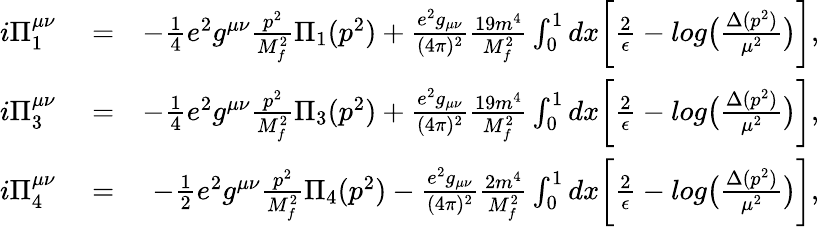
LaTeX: \begin{array}{rlr}{i\Pi_{1}^{\mu\nu}}&{{}=}&{-\frac{1}{4}e^{2}g^{\mu\nu}\frac{p^{2}}{M_{f}^{2}}\Pi_{1}(p^{2})+\frac{e^{2}g_{\mu\nu}}{(4\pi)^{2}}\frac{19m^{4}}{M_{f}^{2}}\int_{0}^{1}dx\biggl[\frac{2}{\epsilon}-log\bigl(\frac{\Delta(p^{2})}{\mu^{2}}\bigr)\biggr],}\\ {i\Pi_{3}^{\mu\nu}}&{{}=}&{-\frac{1}{4}e^{2}g^{\mu\nu}\frac{p^{2}}{M_{f}^{2}}\Pi_{3}(p^{2})+\frac{e^{2}g_{\mu\nu}}{(4\pi)^{2}}\frac{19m^{4}}{M_{f}^{2}}\int_{0}^{1}dx\biggl[\frac{2}{\epsilon}-log\bigl(\frac{\Delta(p^{2})}{\mu^{2}}\bigr)\biggr],}\\ {i\Pi_{4}^{\mu\nu}}&{{}=}&{-\frac{1}{2}e^{2}g^{\mu\nu}\frac{p^{2}}{M_{f}^{2}}\Pi_{4}(p^{2})-\frac{e^{2}g_{\mu\nu}}{(4\pi)^{2}}\frac{2m^{4}}{M_{f}^{2}}\int_{0}^{1}dx\biggl[\frac{2}{\epsilon}-log\bigl(\frac{\Delta(p^{2})}{\mu^{2}}\bigr)\biggr],}\end{array}